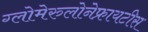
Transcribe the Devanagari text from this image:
ग्लोमेरुलोनेफ्रायटीस